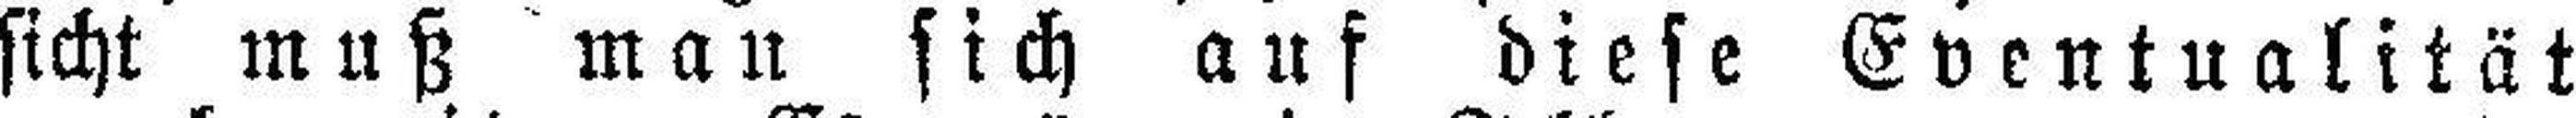
sicht muß man sich auf diese Eventualität